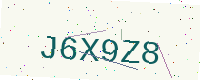
Text: J6X9Z8